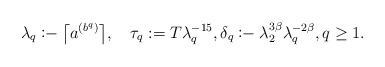
LaTeX: \begin{align*} \lambda_q \coloneq \big\lceil a^{(b^q)}\big\rceil ,\quad\tau_q:=T\lambda^{-15}_q, \delta_q \coloneq \lambda_2^{3\beta}\lambda_q^{-2\beta}, q\ge 1.\end{align*}